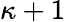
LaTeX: \kappa+1